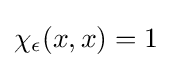
\chi _{\epsilon }(x,x)=1